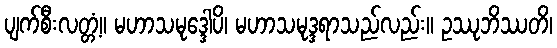
ပျက်စီးလတ္တံ့။ မဟာသမုဒ္ဒေါပိ၊ မဟာသမုဒ္ဒရာသည်လည်း။ ဥဿုဘိဿတိ၊